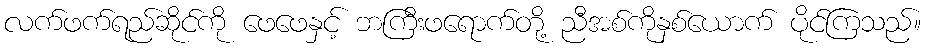
လက်ဖက်ရည်ဆိုင်ကို ဖေဖေနှင့် ဘကြီးဖရောက်တို့ ညီအစ်ကိုနှစ်ယောက် ပိုင်ကြသည်။